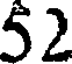
52